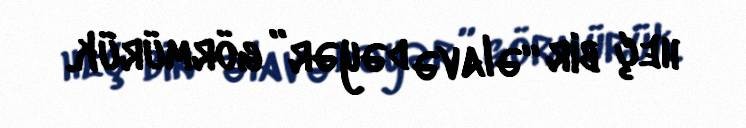
heç bir “əlavə dəyər” görmürük.